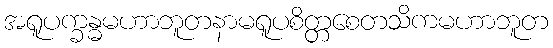
အရူပက္ခန္ဓမဟာဘူတနာမရူပစိတ္တစေတသိကမဟာဘူတ